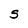
Character: S